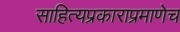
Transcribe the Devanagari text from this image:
साहित्यप्रकाराप्रमाणेच